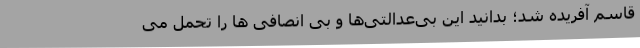
قاسم آفریده شد؛ بدانید این بی‌عدالتی‌ها و بی انصافی ها را تحمل می